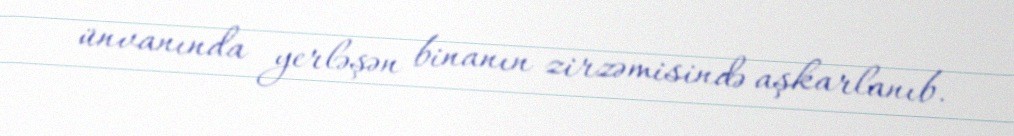
ünvanında yerləşən binanın zirzəmisində aşkarlanıb.